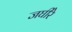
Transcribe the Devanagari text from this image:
जघीरे